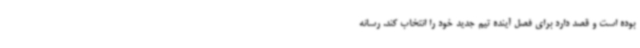
بوده است و قصد دارد برای فصل آینده تیم جدید خود را انتخاب کند. رسانه